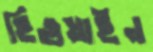
হিগুয়াইন